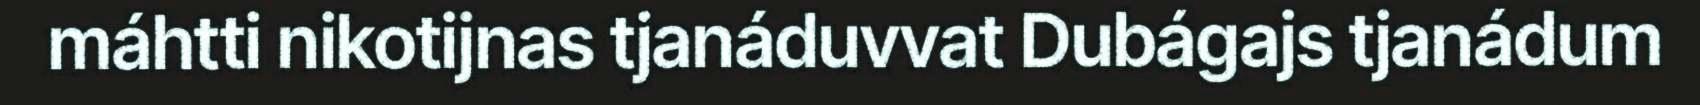
máhtti nikotijnas tjanáduvvat Dubágajs tjanádum